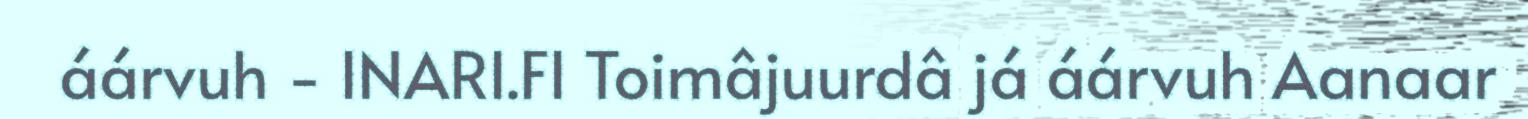
áárvuh - INARI.FI Toimâjuurdâ já áárvuh Aanaar